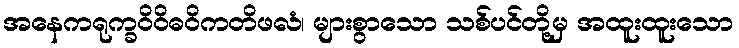
အနေကရုက္ခဝိဝိဓဝိကတိဖလံ၊ များစွာသော သစ်ပင်တို့မှ အထူးထူးသော